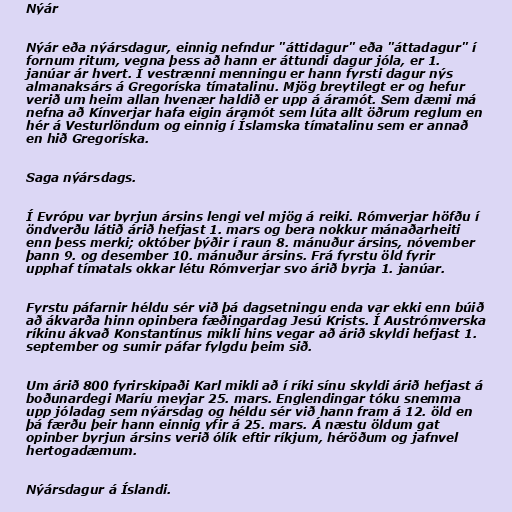
Nýár

Nýár eða nýársdagur, einnig nefndur "áttidagur" eða "áttadagur" í
fornum ritum, vegna þess að hann er áttundi dagur jóla, er 1.
janúar ár hvert. Í vestrænni menningu er hann fyrsti dagur nýs
almanaksárs á Gregoríska tímatalinu. Mjög breytilegt er og hefur
verið um heim allan hvenær haldið er upp á áramót. Sem dæmi má
nefna að Kínverjar hafa eigin áramót sem lúta allt öðrum reglum en
hér á Vesturlöndum og einnig í Íslamska tímatalinu sem er annað
en hið Gregoríska.

Saga nýársdags.

Í Evrópu var byrjun ársins lengi vel mjög á reiki. Rómverjar höfðu í
öndverðu látið árið hefjast 1. mars og bera nokkur mánaðarheiti
enn þess merki; október þýðir í raun 8. mánuður ársins, nóvember
þann 9. og desember 10. mánuður ársins. Frá fyrstu öld fyrir
upphaf tímatals okkar létu Rómverjar svo árið byrja 1. janúar.

Fyrstu páfarnir héldu sér við þá dagsetningu enda var ekki enn búið
að ákvarða hinn opinbera fæðingardag Jesú Krists. Í Austrómverska
ríkinu ákvað Konstantínus mikli hins vegar að árið skyldi hefjast 1.
september og sumir páfar fylgdu þeim sið.

Um árið 800 fyrirskipaði Karl mikli að í ríki sínu skyldi árið hefjast á
boðunardegi Maríu meyjar 25. mars. Englendingar tóku snemma
upp jóladag sem nýársdag og héldu sér við hann fram á 12. öld en
þá færðu þeir hann einnig yfir á 25. mars. Á næstu öldum gat
opinber byrjun ársins verið ólík eftir ríkjum, héröðum og jafnvel
hertogadæmum.

Nýársdagur á Íslandi.